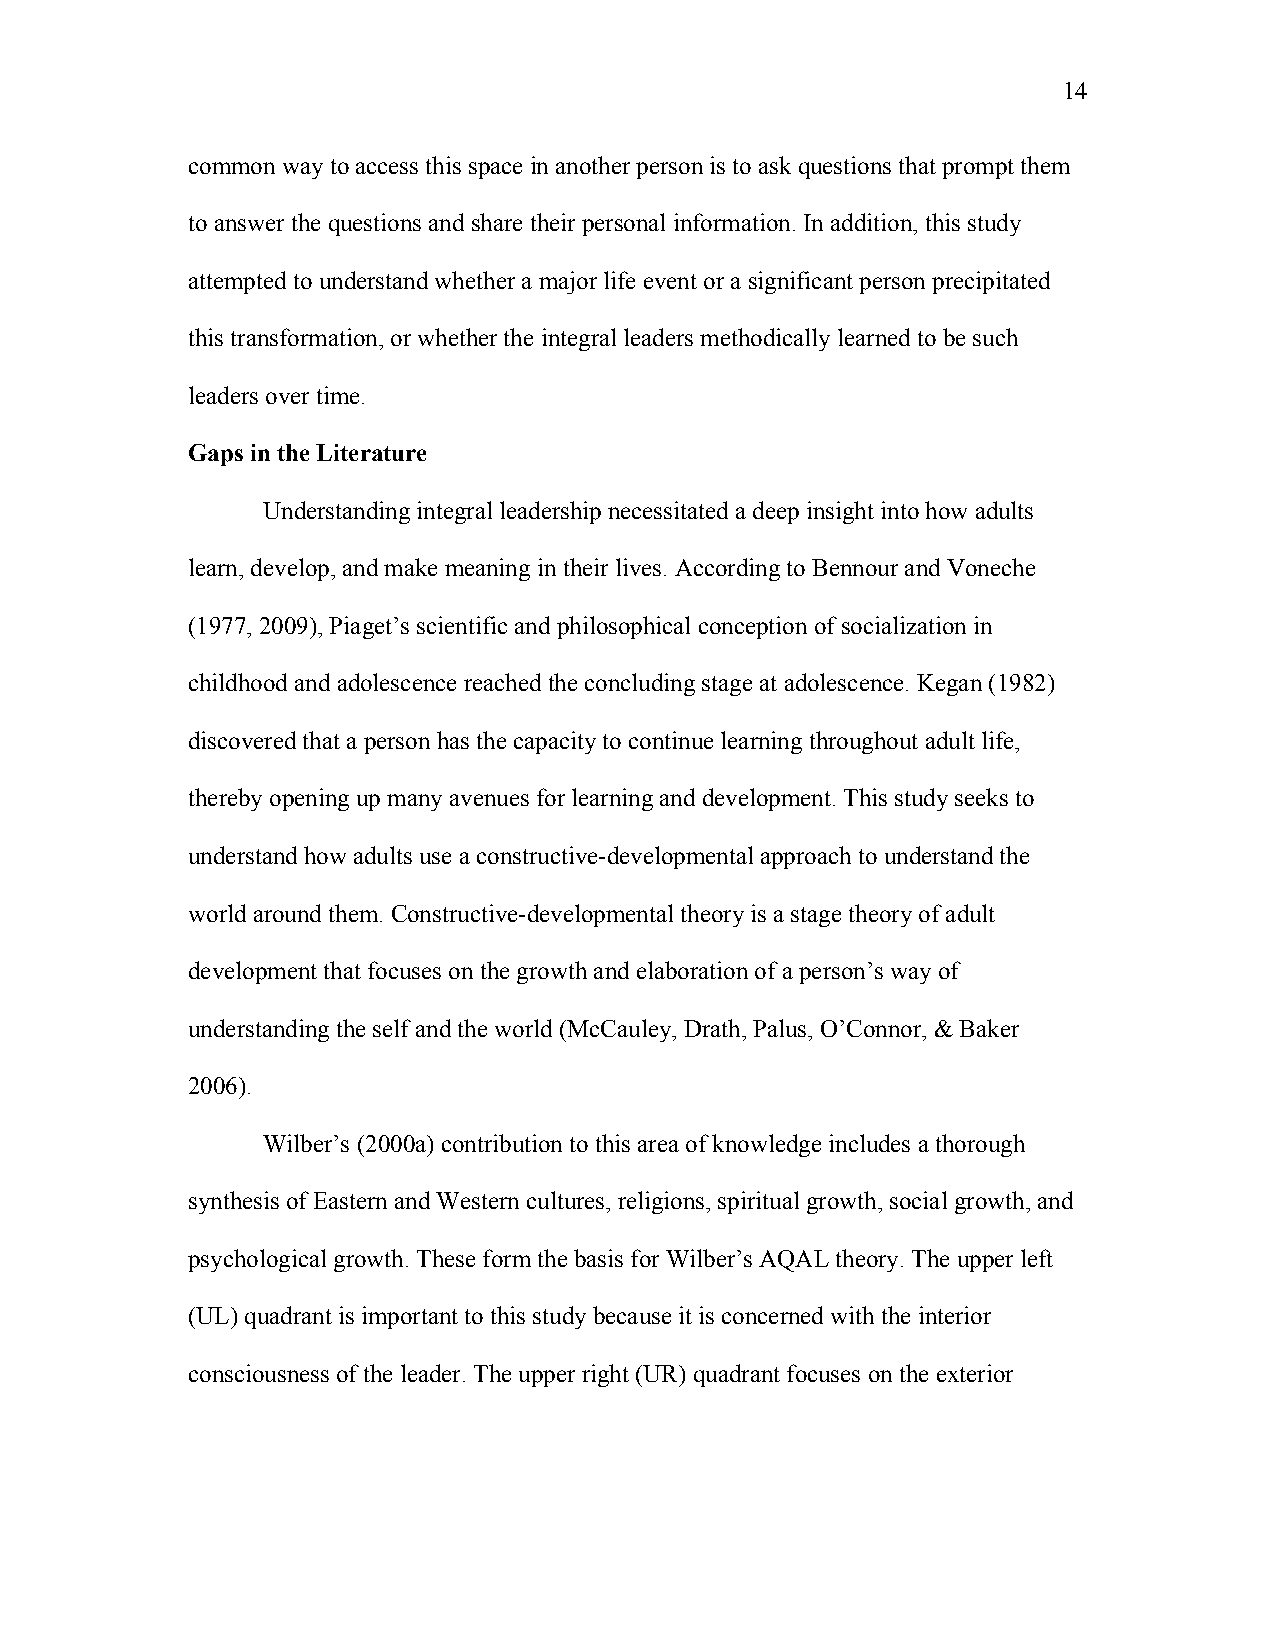
14
 common way to access this space in another person is to ask questions that prompt them
 to answer the questions and share their personal information. In addition, this study
 attempted to understand whether a major life event or a significant person precipitated
 this transformation, or whether the integral leaders methodically learned to be such
 leaders over time.
 Gaps in the Literature
 Understanding integral leadership necessitated a deep insight into how adults
 learn, develop, and make meaning in their lives. According to Bennour and Voneche
 (1977, 2009), Piaget’s scientific and philosophical conception of socialization in
 childhood and adolescence reached the concluding stage at adolescence. Kegan (1982)
 discovered that a person has the capacity to continue learning throughout adult life,
 thereby opening up many avenues for learning and development. This study seeks to
 understand how adults use a constructive-developmental approach to understand the
 world around them. Constructive-developmental theory is a stage theory of adult
 development that focuses on the growth and elaboration of a person’s way of
 understanding the self and the world (McCauley, Drath, Palus, O’Connor, & Baker
 2006).
 Wilber’s (2000a) contribution to this area of knowledge includes a thorough
 synthesis of Eastern and Western cultures, religions, spiritual growth, social growth, and
 psychological growth. These form the basis for Wilber’s AQAL theory. The upper left
 (UL) quadrant is important to this study because it is concerned with the interior
 consciousness of the leader. The upper right (UR) quadrant focuses on the exterior